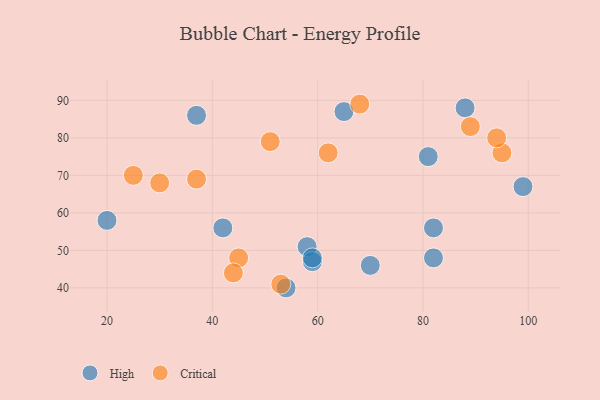
{"axis": {"x": "GDP", "y": "Life Expectancy"}, "legend": ["Critical", "High"], "data": [{"x": "58", "y": 51, "type": "High"}, {"x": "81", "y": 75, "type": "High"}, {"x": "20", "y": 58, "type": "High"}, {"x": "42", "y": 56, "type": "High"}, {"x": "99", "y": 67, "type": "High"}, {"x": "54", "y": 40, "type": "High"}, {"x": "82", "y": 48, "type": "High"}, {"x": "59", "y": 47, "type": "High"}, {"x": "65", "y": 87, "type": "High"}, {"x": "37", "y": 86, "type": "High"}, {"x": "88", "y": 88, "type": "High"}, {"x": "70", "y": 46, "type": "High"}, {"x": "59", "y": 48, "type": "High"}, {"x": "82", "y": 56, "type": "High"}, {"x": "68", "y": 89, "type": "Critical"}, {"x": "89", "y": 83, "type": "Critical"}, {"x": "45", "y": 48, "type": "Critical"}, {"x": "95", "y": 76, "type": "Critical"}, {"x": "53", "y": 41, "type": "Critical"}, {"x": "30", "y": 68, "type": "Critical"}, {"x": "62", "y": 76, "type": "Critical"}, {"x": "94", "y": 80, "type": "Critical"}, {"x": "37", "y": 69, "type": "Critical"}, {"x": "51", "y": 79, "type": "Critical"}, {"x": "25", "y": 70, "type": "Critical"}, {"x": "44", "y": 44, "type": "Critical"}]}